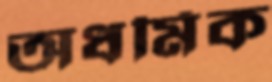
অধর্মিক